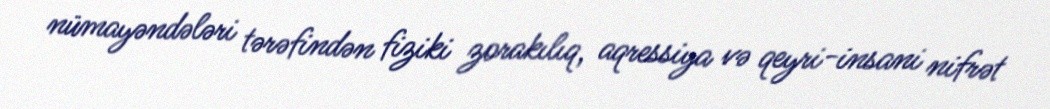
nümayəndələri tərəfindən fiziki zorakılıq, aqressiya və qeyri-insani nifrət